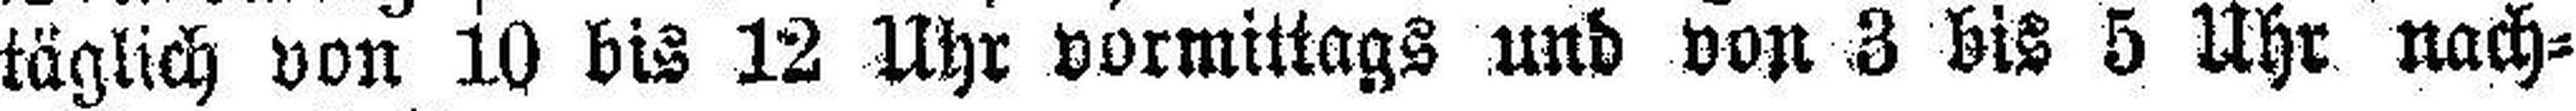
täglich von 10 bis 12 Uhr vormittags und von 3 bis 5 Uhr nach¬